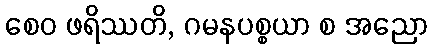
စေဝ ဖရိဿတိ, ဂမနပစ္စယာ စ အညော